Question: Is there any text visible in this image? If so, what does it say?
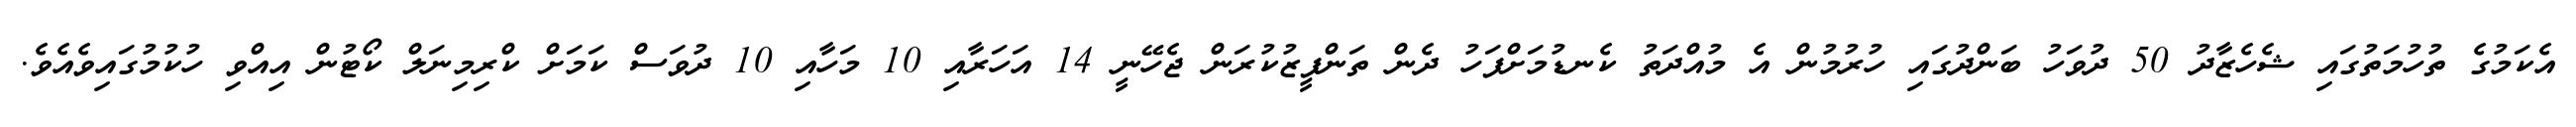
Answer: އެކަމުގެ ތުހުމަތުގައި ޝެހެޒާދު 50 ދުވަހު ބަންދުގައި ހުރުމުން އެ މުއްދަތު ކެނޑުމަށްފަހު ދެން ތަންފީޒުކުރަން ޖެހޭނީ 14 އަހަރާއި 10 މަހާއި 10 ދުވަސް ކަމަށް ކްރިމިނަލް ކޯޓުން އިއްވި ހުކުމުގައިވެއެވެ.